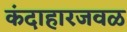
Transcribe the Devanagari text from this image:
कंदाहारजवळ